Lunatic asylums in Bengal annual reports 1888-1898 - 1888-1898
Year: 1888
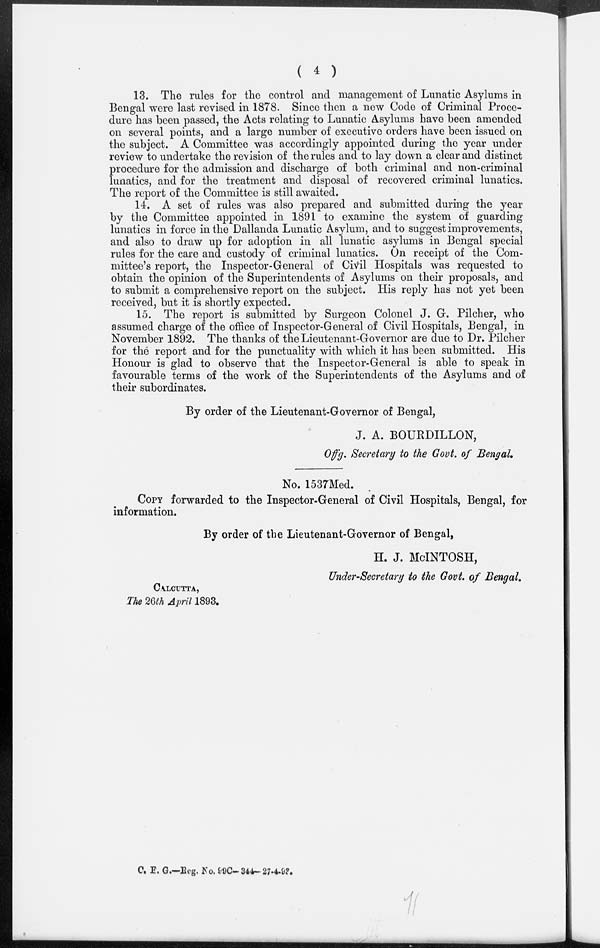
( 4 )
13. The rules for the control and management of Lunatic Asylums in
Bengal were last revised in 1878. Since then a new Code of Criminal Proce-
dure has been passed, the Acts relating to Lunatic Asylums have been amended
on several points, and a large number of executive orders have been issued on
the subject. A Committee was accordingly appointed during the year under
review to undertake the revision of the rules and to lay down a clear and distinct
procedure for the admission and discharge of both criminal and non-criminal
lunatics, and for the treatment and disposal of recovered criminal lunatics.
The report of the Committee is still awaited.
14. A set of rules was also prepared and submitted during the year
by the Committee appointed in 1891 to examine the system of guarding
lunatics in force in the Dallanda Lunatic Asylum, and to suggest improvements,
and also to draw up for adoption in all lunatic asylums in Bengal special
rules for the care and custody of criminal lunatics. On receipt of the Com-
mittee's report, the Inspector-General of Civil Hospitals was requested to
obtain the opinion of the Superintendents of Asylums on their proposals, and
to submit a comprehensive report on the subject. His reply has not yet been
received, but it is shortly expected.
15. The report is submitted by Surgeon Colonel J. G. Pilcher, who
assumed charge of the office of Inspector-General of Civil Hospitals, Bengal, in
November 1892. The thanks of the Lieutenant-Governor are due to Dr. Pilcher
for the report and for the punctuality with which it has been submitted. His
Honour is glad to observe that the Inspector-General is able to speak in
favourable terms of the work of the Superintendents of the Asylums and of
their subordinates.
By order of the Lieutenant-Governor of Bengal,
J. A. BOURDILLON,
Offg. Secretary to the Govt. of Bengal.
No. 1537Med.
COPY forwarded to the Inspector-General of Civil Hospitals, Bengal, for
information.
By order of the Lieutenant-Governor of Bengal,
H. J. McINTOSH,
Under-Secretary to the Govt. of Bengal.
CALCUTTA,
The 26th April 1893.
C. F. G.—Reg. No. 99C—344—27-4-93.